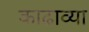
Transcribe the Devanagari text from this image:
काढाव्या